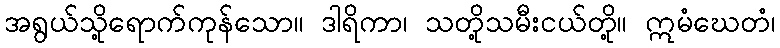
အရွယ်သို့ရောက်ကုန်သော။ ဒါရိကာ၊ သတို့သမီးငယ်တို့။ ဣမံဃေတံ၊